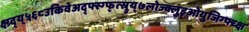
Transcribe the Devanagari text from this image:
क्ष्ग्र्द्य्५६८उकिवेअद्फ्स्ग्फ्त्स्र्रुय्७लोज्क्लुइओयुजिग्फ्च्क्ष